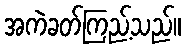
အကဲခတ်ကြည့်သည်။